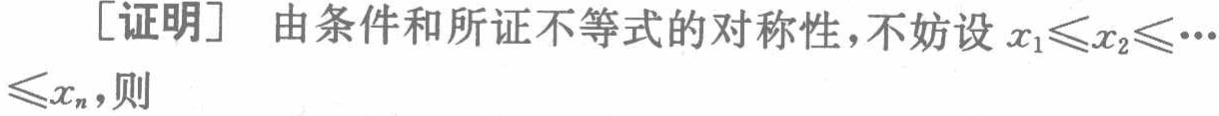
[证明] 由条件和所证不等式的对称性，不妨设\(x_{1}\leqslant x_{2}\leqslant\cdots\leqslant x_{n}\)，则